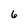
Character: 6